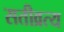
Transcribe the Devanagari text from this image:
सतीव्रत्य